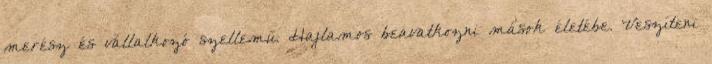
merész és vállalkozó szellemű. Hajlamos beavatkozni mások életébe. Veszíteni